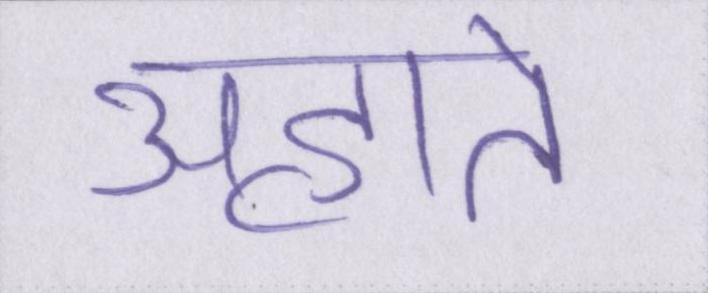
अहाते